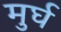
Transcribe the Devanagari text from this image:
मुर्घ